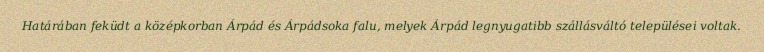
Határában feküdt a középkorban Árpád és Árpádsoka falu, melyek Árpád legnyugatibb szállásváltó települései voltak.